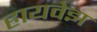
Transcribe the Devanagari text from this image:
हायवेझ